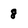
Character: 8